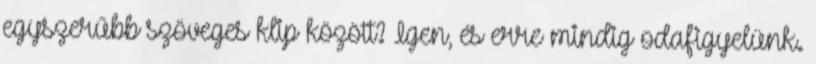
egyszerűbb szöveges klip között? Igen, és erre mindig odafigyelünk.